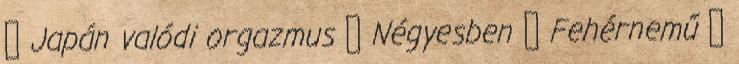
▪ Japán valódi orgazmus ▪ Négyesben ▪ Fehérnemű ▪